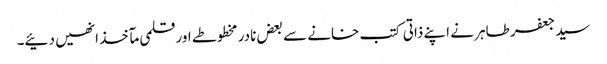
سید جعفر طاہر نے اپنے ذاتی کتب خانے سے بعض نادر مخطوطے اور قلمی مآخذ انھیں دئیے۔